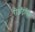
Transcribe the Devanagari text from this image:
रीऑट्रोपिज्म